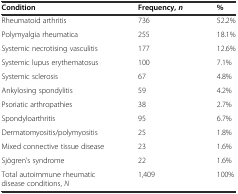
<table><thead><tr><td><b>Condition</b></td><td><b>Frequency,<i>n</i></b></td><td><b>%</b></td></tr></thead><tbody><tr><td>Rheumatoid arthritis</td><td>736</td><td>52.2%</td></tr><tr><td>Polymyalgia rheumatica</td><td>255</td><td>18.1%</td></tr><tr><td>Systemic necrotising vasculitis</td><td>177</td><td>12.6%</td></tr><tr><td>Systemic lupus erythematosus</td><td>100</td><td>7.1%</td></tr><tr><td>Systemic sclerosis</td><td>67</td><td>4.8%</td></tr><tr><td>Ankylosing spondylitis</td><td>59</td><td>4.2%</td></tr><tr><td>Psoriatic arthropathies</td><td>38</td><td>2.7%</td></tr><tr><td>Spondyloarthritis</td><td>95</td><td>6.7%</td></tr><tr><td>Dermatomyositis/polymyositis</td><td>25</td><td>1.8%</td></tr><tr><td>Mixed connective tissue disease</td><td>23</td><td>1.6%</td></tr><tr><td>Sjögren’s syndrome</td><td>22</td><td>1.6%</td></tr><tr><td>Total autoimmune rheumatic disease conditions, <i>N</i></td><td>1,409</td><td>100%</td></tr></tbody></table>